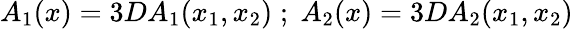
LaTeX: A_{1}(x)=3DA_{1}(x_{1},x_{2})\; ;\; A_{2}(x)=3DA_{2}(x_{1},x_{2})